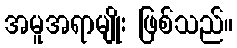
အမူအရာမျိုး ဖြစ်သည်။